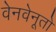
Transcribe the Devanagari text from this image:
वेनवेनूतो